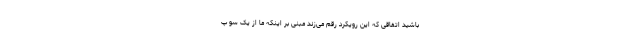
باشید اتفاقی که این رویکرد رقم می‌زند مبنی بر اینکه ما از یک سو پ